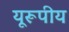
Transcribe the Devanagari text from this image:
यूरूपीय